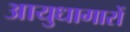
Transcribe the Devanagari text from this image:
आयुधागारों